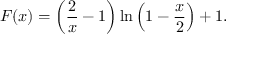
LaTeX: F ( x ) = \left( { \frac { 2 } { x } } - 1 \right) \ln \left( 1 - { \frac { x } { 2 } } \right) + 1 .